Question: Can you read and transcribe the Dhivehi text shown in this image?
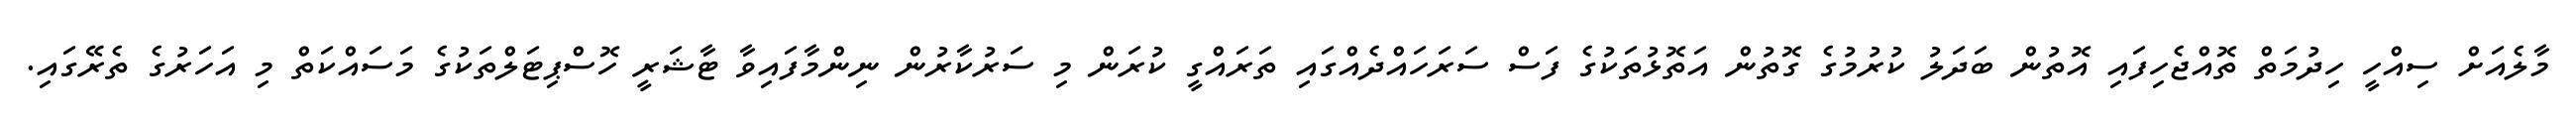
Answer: މާލެއަށް ސިއްހީ ހިދުމަތް ތޮއްޖެހިފައި އޮތުން ބަދަލު ކުރުމުގެ ގޮތުން އަތޮޅުތަކުގެ ފަސް ސަރަހައްދެއްގައި ތަރައްގީ ކުރަން މި ސަރުކާރުން ނިންމާފައިވާ ޓާޝަރީ ހޮސްޕިޓަލްތަކުގެ މަސައްކަތް މި އަހަރުގެ ތެރޭގައި.